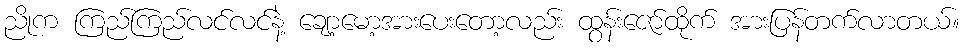
ညိုက ကြည်ကြည်လင်လင်နဲ့ ချော့မော့အားပေးတော့လည်း ထွန်းဇော်ထိုက် အားပြန်တက်လာတယ်။